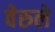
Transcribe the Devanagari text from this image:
वेरुले